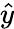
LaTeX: \hat{y}